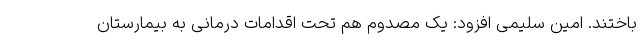
باختند. امین سلیمی افزود: یک مصدوم هم تحت اقدامات درمانی به بیمارستان